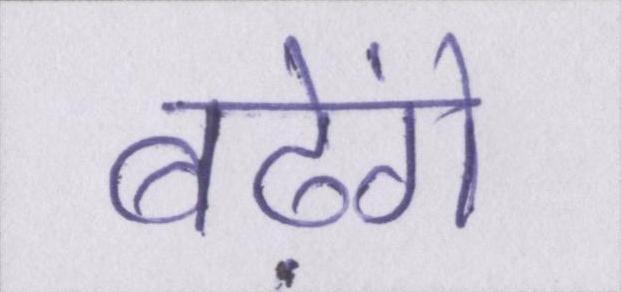
बढ़ेंगे